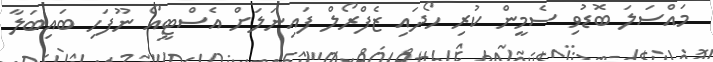
މައްސަލަ ބޮޑުވި ސެމީން ކުރި ހޯދައި ޒެފްރޯލް ފައިނަލަށް އެސްޓީއޯ ނޫފަހި ބައިބަލާ